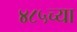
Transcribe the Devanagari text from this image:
४८५च्या